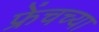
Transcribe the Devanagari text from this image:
फ्रेंचच्या